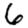
Digit: 6